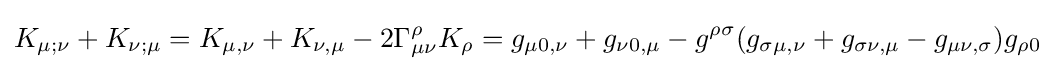
K_{\mu ;\nu }+K_{\nu ;\mu }=K_{\mu ,\nu }+K_{\nu ,\mu }-2\Gamma _{\mu \nu }^{\rho }K_{\rho }=g_{\mu 0,\nu }+g_{\nu 0,\mu }-g^{\rho \sigma }(g_{\sigma \mu ,\nu }+g_{\sigma \nu ,\mu }-g_{\mu \nu ,\sigma })g_{\rho 0}